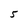
Character: 5